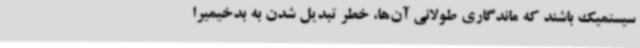
سیستمیک باشند که ماندگاری طولانی آن‌ها، خطر تبدیل شدن به بدخیمیرا